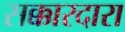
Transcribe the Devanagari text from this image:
सक्कारदारा